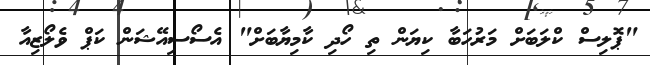
"ޕޮލިސް ކްލަބަށް މަރުހަބާ ކިޔަން ތި ހޯދި ކާމިޔާބަށް" އެސޯސިއޭޝަން ކަޕް ވެލޯޒިއާ